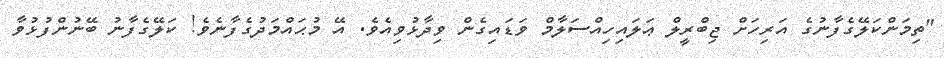
"ތިމަންކަލޭގެފާނުގެ އަރިހަށް ޖިބްރީލް ޢަލައިހިއްސަލާމް ވަޑައިގެން ވިދާޅުވިއެވެ. އޭ މުޙައްމަދުގެފާނެވެ! ކަލޭގެފާނު ބޭނުންފުޅުވާ